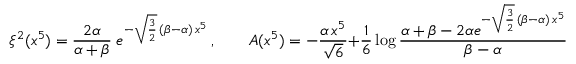
\xi ^ { 2 } ( x ^ { 5 } ) = \frac { 2 \alpha } { \alpha + \beta } \; e ^ { - \sqrt { \frac 3 2 } \, ( \beta - \alpha ) \, x ^ { 5 } } \, , \qquad A ( x ^ { 5 } ) = - \frac { \alpha \, x ^ { 5 } } { { \sqrt { 6 } } } + \frac { 1 } { 6 } \log \frac { \alpha + \beta - 2 \alpha e ^ { - \sqrt { \frac { 3 } { 2 } } \, ( \beta - \alpha ) \, x ^ { 5 } } } { \beta - \alpha } \, .